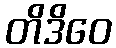
တိဒိဝေ